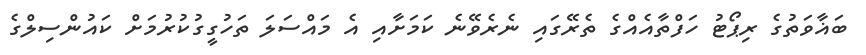
ބަޣާވަތުގެ ރިޕޯޓު ހަފްތާއެއްގެ ތެރޭގައި ނެރެވޭނެ ކަމަށާއި އެ މައްސަލަ ތަހުގީގުކުރުމަށް ކައުންސިލްގެ